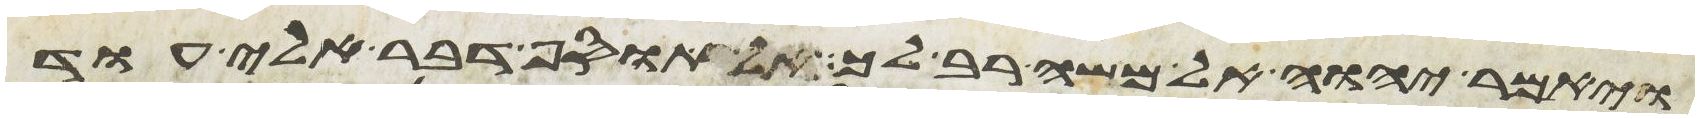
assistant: ויאמר יהוה אל משה רב לך אל תוסף דבר אלי עוד